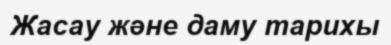
Жасау және даму тарихы